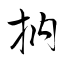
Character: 抐